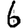
Digit: 6